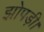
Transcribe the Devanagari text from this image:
झोपड़ी।